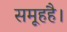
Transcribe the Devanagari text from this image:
समूहहै।